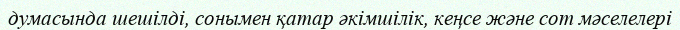
думасында шешілді, сонымен қатар әкімшілік, кеңсе және сот мәселелері